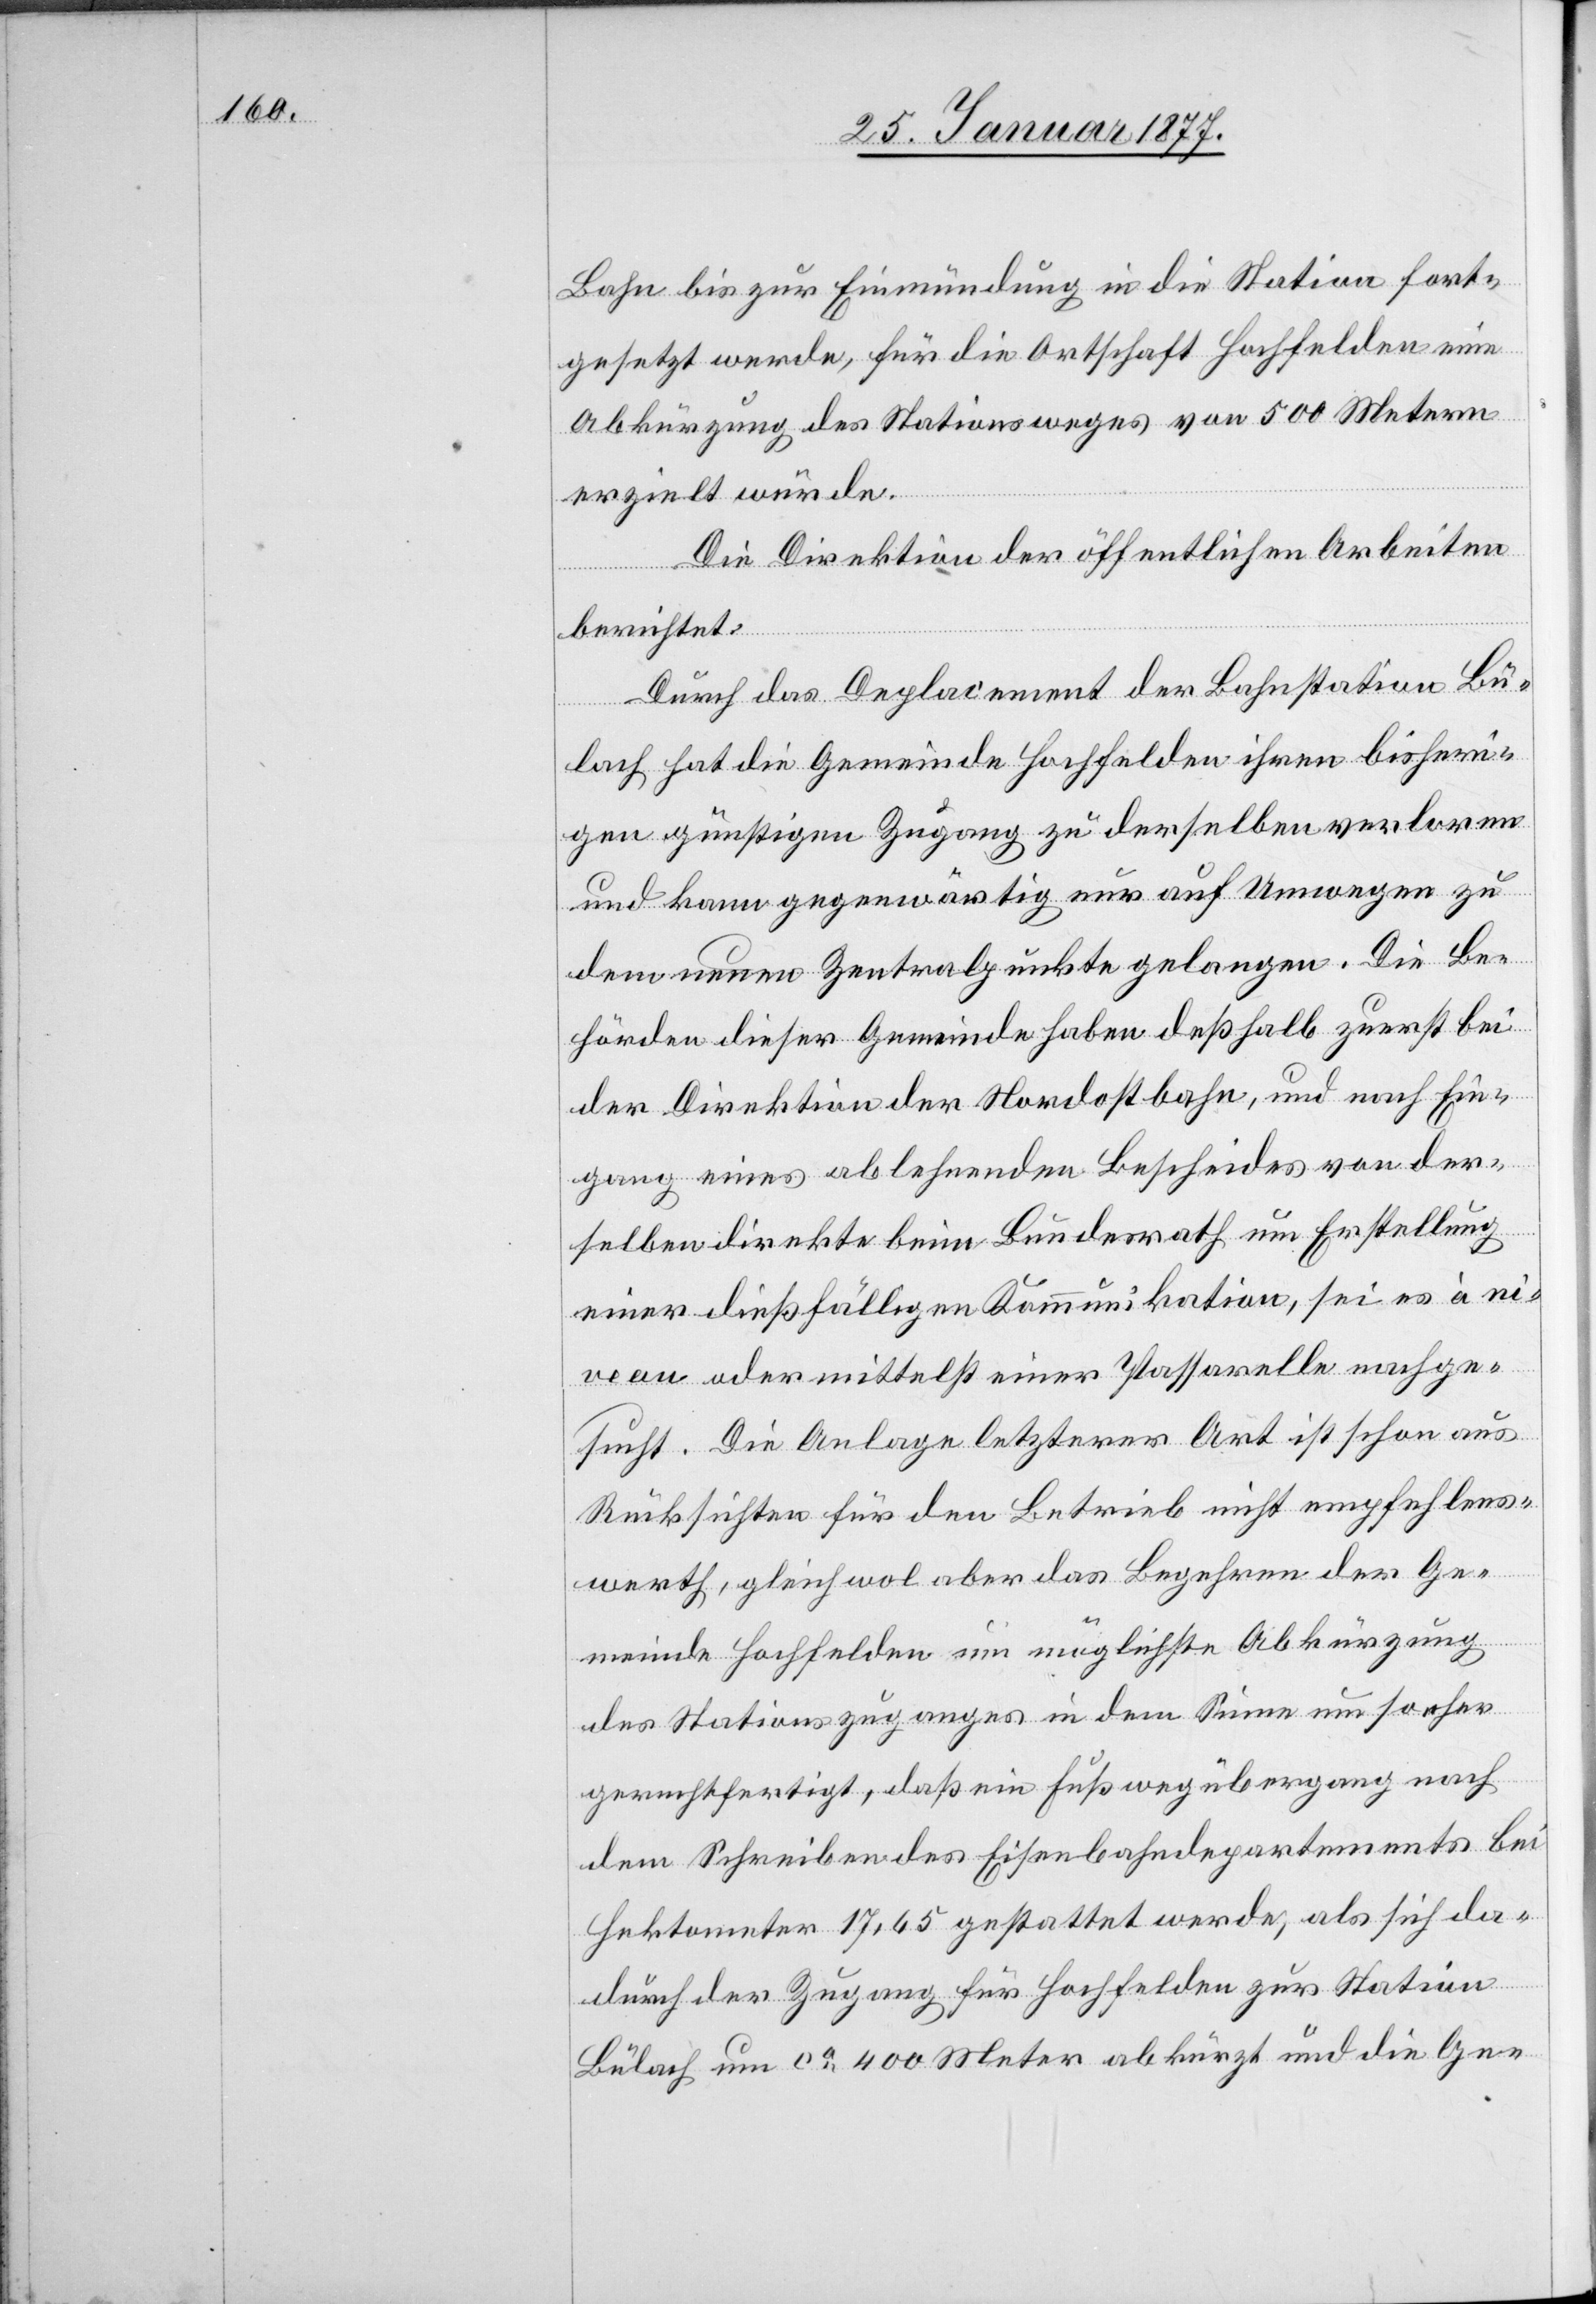
Bahn bis zur Einmündung in die Station fort¬
gesetzt werde, für die Ortschaft Hochfelden eine
Abkürzung des Stationsweges von 500 Metern
erzielt würde.
Die Direktion der öffentlichen Arbeiten
berichtet:
Durch das Deplacement der Bahnstation Bü¬
lach hat die Gemeinde Hochfelden ihren bisheri¬
gen günstigen Zugang zu derselben verloren
und kann gegenwärtig nur auf Umwegen zu
dem neuen Zentralpunkte gelangen. Die Be¬
hörden dieser Gemeinde haben deßhalb zuerst bei
der Direktion der Nordostbahn, und nach Ein¬
gang eines ablehnenden Bescheides von der¬
selben direkte beim Bundesrath um Erstellung
einer dießfälligen Kommunikation, sei es à ni¬
veau oder mittelst einer Passarelle nachge¬
sucht. Die Anlage letzterer Art ist schon aus
Rücksichten für den Betrieb nicht empfehlens¬
werth, gleichwol aber das Begehren der Ge¬
meinde Hochfelden um möglichste Abkürzung
des Stationszuganges in dem Sinne um so eher
gerechtfertigt, daß ein Fußwegübergang nach
dem Schreiben des Eisenbahndepartements bei
Hektometer 17,65 gestattet werde, als sich da¬
durch der Zugang für Hochfelden zur Station
Bülach um ca 400 Meter abkürzt und die Ge-